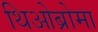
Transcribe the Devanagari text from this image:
थिओब्रोमा